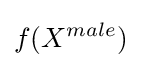
f(X^{male})